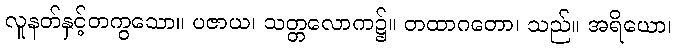
လူနတ်နှင့်တကွသော။ ပဇာယ၊ သတ္တလောက၌။ တထာဂတော၊ သည်။ အရိယော၊